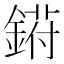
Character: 𬫰